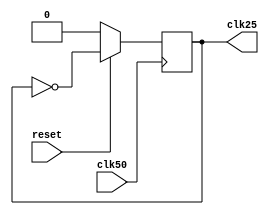
module vga_clk25 (
	input reset,
	input clk50,
	output  clk25
);

reg clk2;

assign clk25 = clk2;

always@(posedge clk50) 
begin 
	
	clk2 <= ~reset ? 1'b0 : ~clk2;
end

endmodule